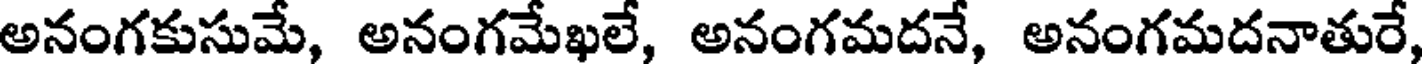
అనంగకుసుమే, అనంగమేఖలే, అనంగమదనే, అనంగమదనాతురే,